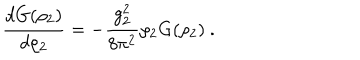
LaTeX: \frac { d G ( \rho _ { 2 } ) } { d \rho _ { 2 } } = - \frac { g _ { 2 } ^ { 2 } } { 8 \pi ^ { 2 } } \rho _ { 2 } G ( \rho _ { 2 } ) ~ .